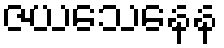
ဇယသေနေန